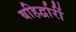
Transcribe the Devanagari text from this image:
बहिर्द्वारीं